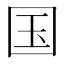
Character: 国